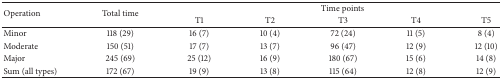
<table><thead><tr><td rowspan="2"><b>Operation</b></td><td rowspan="2"><b>Total time</b></td><td colspan="5"><b>Time points</b></td></tr><tr><td><b>T1</b></td><td><b>T2</b></td><td><b>T3</b></td><td><b>T4</b></td><td><b>T5</b></td></tr></thead><tbody><tr><td>Minor</td><td>118 (29)</td><td>16 (7)</td><td>10 (4)</td><td>72 (24)</td><td>11 (5)</td><td>8 (4)</td></tr><tr><td>Moderate</td><td>150 (51)</td><td>17 (7)</td><td>13 (7)</td><td>96 (47)</td><td>12 (9)</td><td>12 (10)</td></tr><tr><td>Major</td><td>245 (69)</td><td>25 (12)</td><td>16 (9)</td><td>180 (67)</td><td>15 (6)</td><td>14 (8)</td></tr><tr><td>Sum (all types)</td><td>172 (67)</td><td>19 (9)</td><td>13 (8)</td><td>115 (64)</td><td>12 (8)</td><td>12 (9)</td></tr></tbody></table>